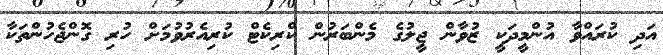
އަދި ކުރައްވާ އުންމީދަކީ ޒުވާން ޖީލުގެ މެންބަރުން ކްރިކެޓް ކުރިއެރުވުމަށް ހުރި ގޮންޖެހުންތަކާ